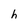
Character: h